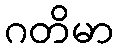
ဂတိမာ